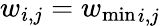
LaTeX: w_{i,j}={w_{\mathrm{min}}}_{i,j}